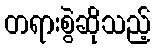
တရားစွဲဆိုသည့်